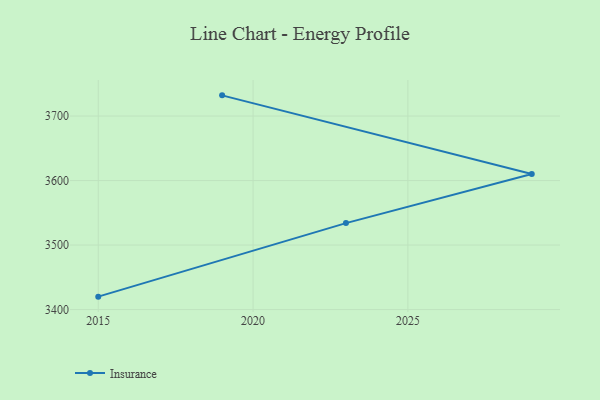
{"axis": {"x": "Year", "y": "Conversion Rate (%)"}, "legend": ["Insurance"], "data": [{"x": "2015", "y": 3420.0, "type": "Insurance"}, {"x": "2023", "y": 3534.0, "type": "Insurance"}, {"x": "2029", "y": 3610.3, "type": "Insurance"}, {"x": "2019", "y": 3732.1, "type": "Insurance"}]}